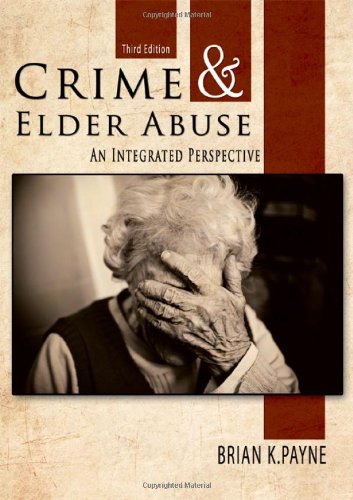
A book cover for Crime and Elder Abuse: An Integrated Perspective; Brian K. Payne; Law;